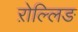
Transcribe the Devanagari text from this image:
ऱोल्लिङ